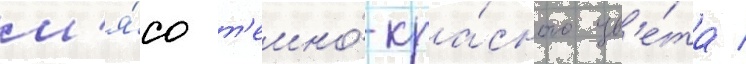
м'я́со т'емно́-кра́сного цв'е́та /